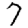
Digit: 7